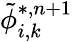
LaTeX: \tilde{\phi}_{i,k}^{*,n+1}